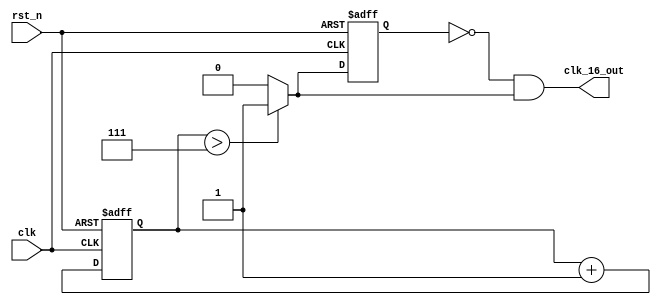
module clk16 (
    clk, rst_n, clk_16_out
);
    input clk, rst_n;
    output clk_16_out;

    reg [3:0] cnt_16;
    wire clk_16_out;

    reg first, sec;

    wire clk16_old;

assign clk16_old = (cnt_16 > 4'd7)? 1'b1 : 1'b0;
/* this is a dff, so there is a clk delay
    always @(posedge clk or negedge rst_n) begin
       if (!rst_n) begin
           clk_16_out <= 1'b0;
       end else begin
           clk_16_out <= cnt_16 > 4'd7 ? 1'b1: 1'b0;
       end 
    end
*/
    always @(posedge clk or negedge rst_n) begin
        if (!rst_n) begin
            cnt_16 <= 4'b0000;
        end else begin
            cnt_16 <= cnt_16 + 4'b0001;
        end 
    end

// The first DFF
    always @(posedge clk or negedge rst_n) begin
        if (!rst_n) begin
            first <= 1'b0;
        end else begin
            first <= clk16_old;
        end
    end
/*
// The second DFF
    always @(posedge clk or negedge rst_n) begin
        if (!rst_n) begin
            sec <= 1'b0;
        end else begin
            sec <= first;
        end
    end
*/
// clc
assign clk_16_out = ~first && clk16_old;


endmodule